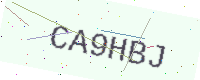
Text: CA9HBJ